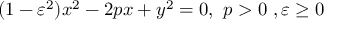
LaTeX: ( 1 - \varepsilon ^ { 2 } ) x ^ { 2 } - 2 p x + y ^ { 2 } = 0 , \ p > 0 \ , \varepsilon \geq 0